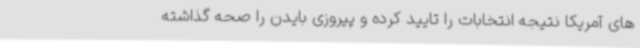
های آمریکا نتیجه انتخابات را تایید کرده و پیروزی بایدن را صحه گذاشته